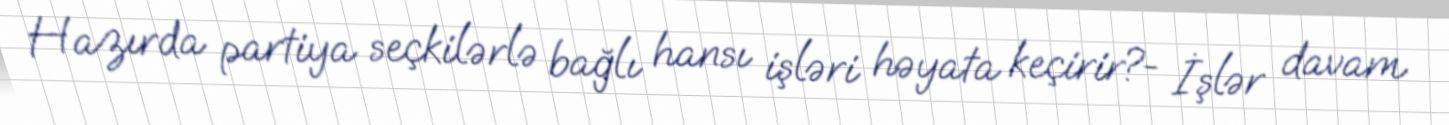
Hazırda partiya seçkilərlə bağlı hansı işləri həyata keçirir?- İşlər davam